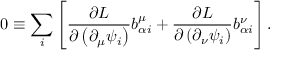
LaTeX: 0 \equiv \sum _ { i } \left[ \frac { \partial L } { \partial \left( \partial _ { \mu } \psi _ { i } \right) } b _ { \alpha i } ^ { \mu } + \frac { \partial L } { \partial \left( \partial _ { \nu } \psi _ { i } \right) } b _ { \alpha i } ^ { \nu } \right] .